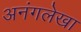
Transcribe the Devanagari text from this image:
अनंगलेखा